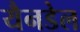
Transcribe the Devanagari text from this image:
यैनडेल